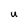
Character: U